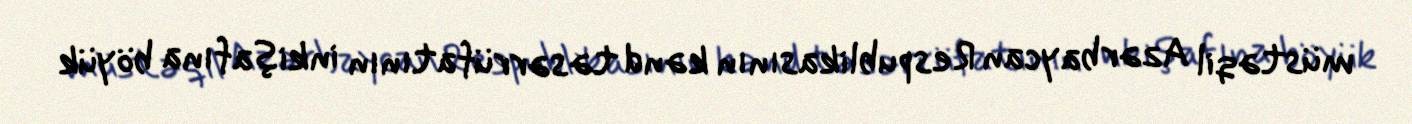
müstəqil Azərbaycan Respublikasının kənd təsərrüfatının inkişafına böyük